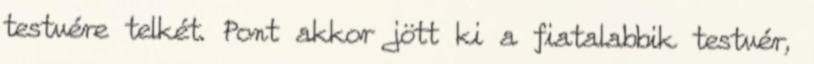
testvére telkét. Pont akkor jött ki a fiatalabbik testvér,